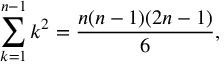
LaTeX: \sum _ { k = 1 } ^ { n - 1 } k ^ { 2 } = \frac { n ( n - 1 ) ( 2 n - 1 ) } { 6 } ,